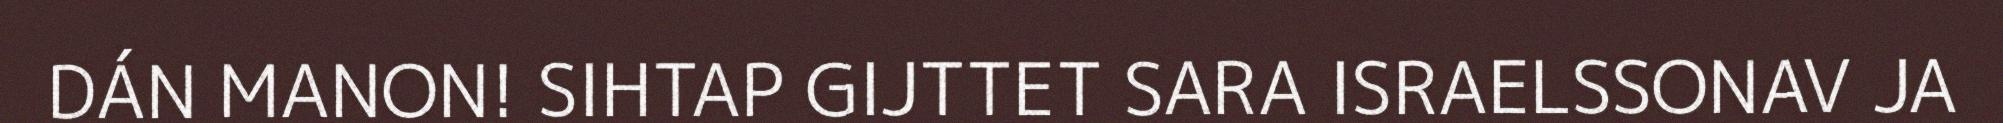
DÁN MANON! SIHTAP GIJTTET SARA ISRAELSSONAV JA